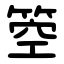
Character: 箜